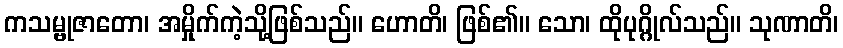
ကသမ္ဗုဇာတော၊ အမှိုက်ကဲ့သို့ဖြစ်သည်။ ဟောတိ၊ ဖြစ်၏။ သော၊ ထိုပုဂ္ဂိုလ်သည်။ သုဏာတိ၊